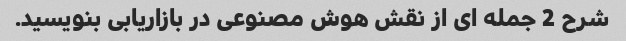
شرح 2 جمله ای از نقش هوش مصنوعی در بازاریابی بنویسید.